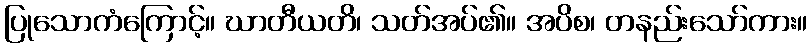
ပြုသောကံကြောင့်။ ဃာတီယတိ၊ သတ်အပ်၏။ အပိစ၊ တနည်းသော်ကား။